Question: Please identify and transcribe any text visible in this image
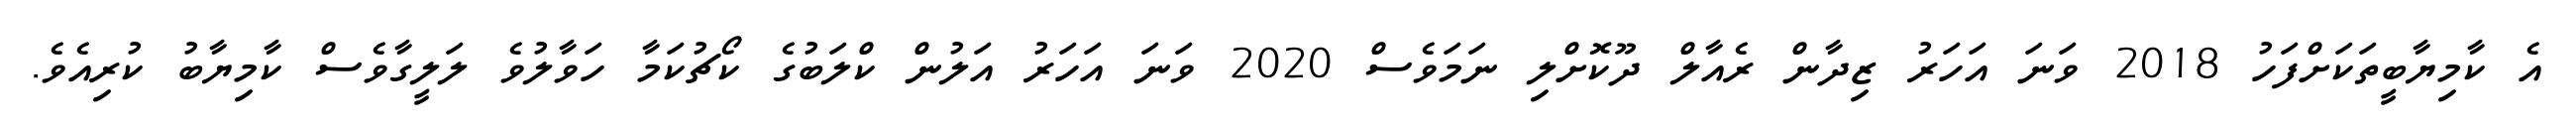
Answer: އެ ކާމިޔާބީތަކަށްފަހު 2018 ވަނަ އަހަރު ޒިދާން ރެއާލް ދޫކޮށްލި ނަމަވެސް 2020 ވަނަ އަހަރު އަލުން ކްލަބުގެ ކޯޗުކަމާ ހަވާލުވެ ލަލީގާވެސް ކާމިޔާބު ކުރިއެވެ.